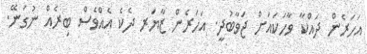
އަހަރެން ދައްކާ ވާހަކައަށް ޖަވާބުދީ. އަހަރެން ޒާޔަރ ދެކެ އެއްވެސް ބިރެއް ނުގަނޭ.